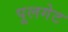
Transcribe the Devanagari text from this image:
पूलगेट